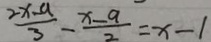
\frac { 2 x - a } { 3 } - \frac { x - a } { 2 } = x - 1